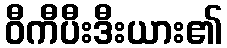
ဝီကီပီးဒီးယား၏